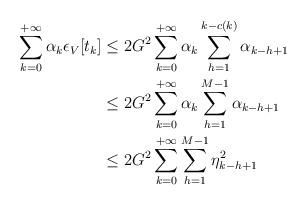
LaTeX: \begin{align*}\sum_{k = 0}^{+ \infty} \alpha_k \epsilon_V[t_k] & \leq 2 G^2 \sum_{k = 0}^{+ \infty} \alpha_k \sum_{h = 1}^{k - c(k)} \alpha_{k-h+1} \\& \leq 2 G^2 \sum_{k = 0}^{+ \infty} \alpha_k \sum_{h = 1}^{M-1} \alpha_{k-h+1} \\& \leq 2 G^2 \sum_{k = 0}^{+ \infty} \sum_{h = 1}^{M-1} \eta^2_{k-h+1} \end{align*}